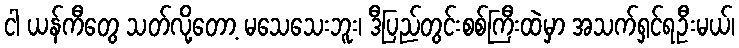
ငါ ယန်ကီတွေ သတ်လို့တော့ မသေသေးဘူး၊ ဒီပြည်တွင်းစစ်ကြီးထဲမှာ အသက်ရှင်ရဦးမယ်၊